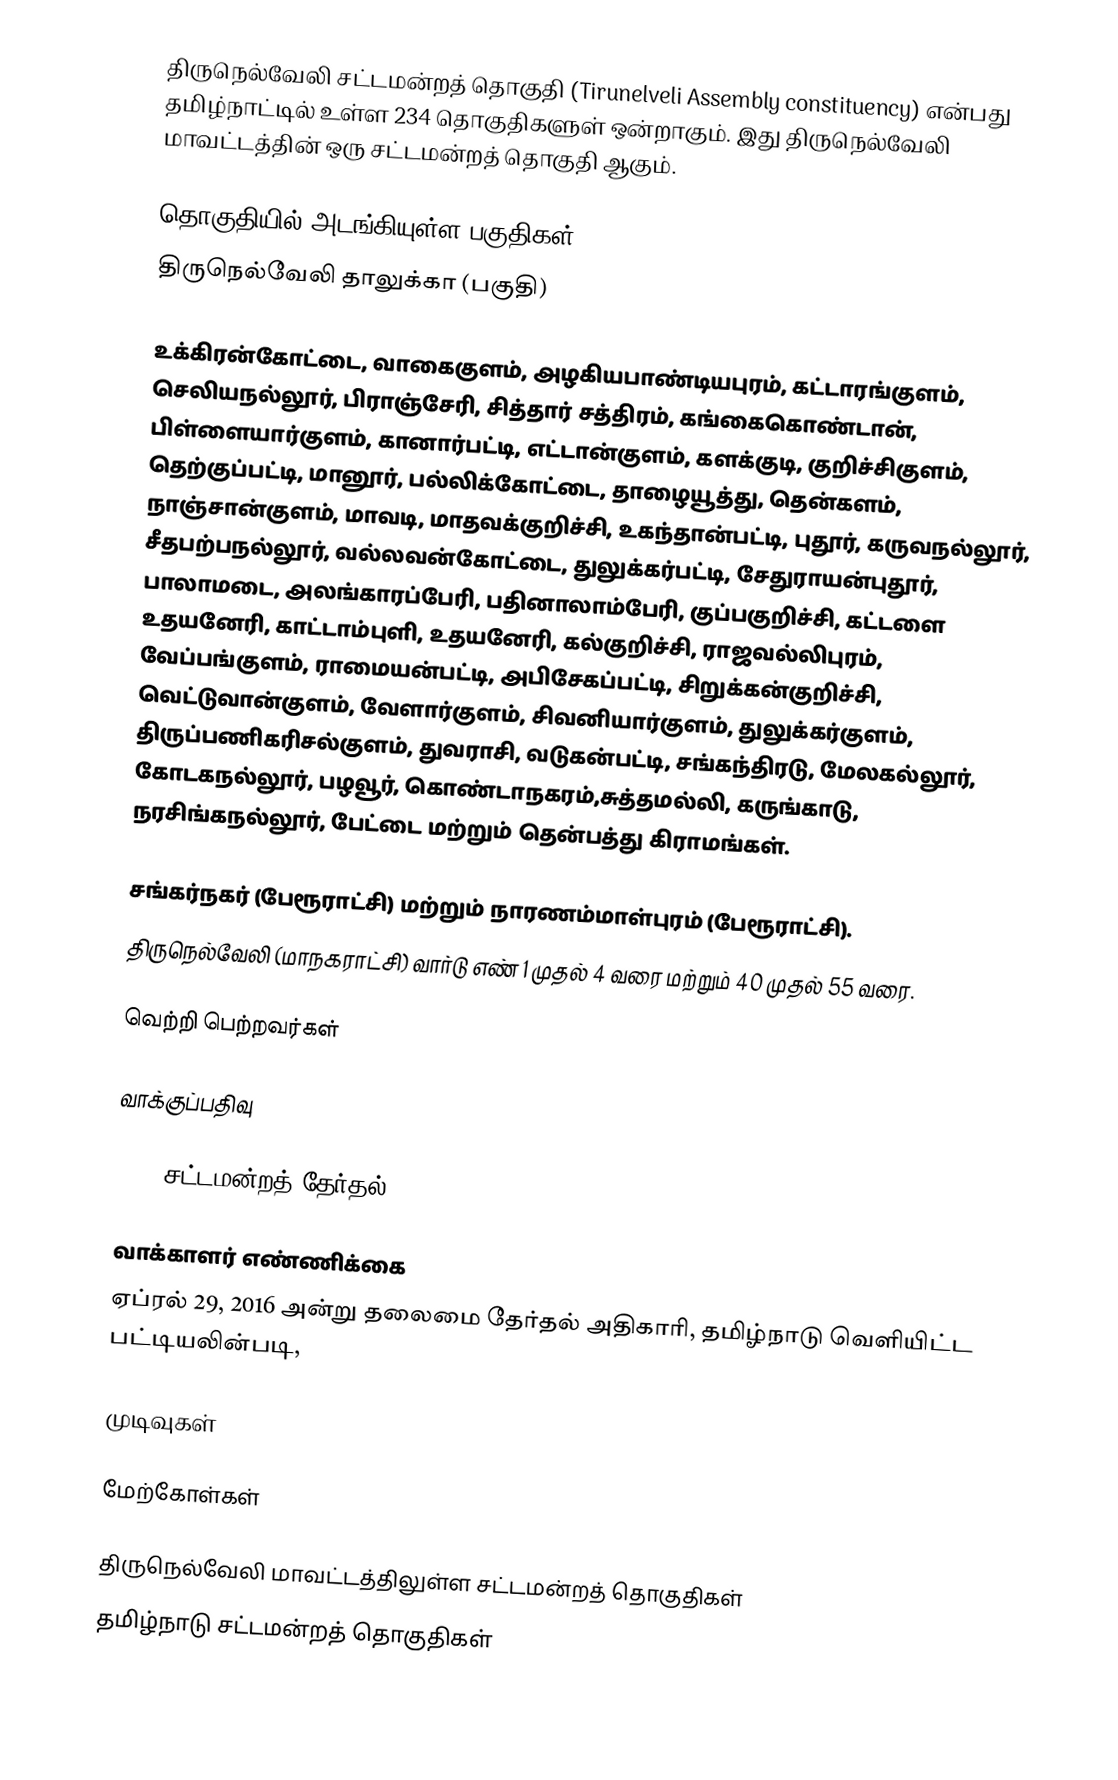
திருநெல்வேலி சட்டமன்றத் தொகுதி (Tirunelveli Assembly constituency) என்பது தமிழ்நாட்டில் உள்ள 234 தொகுதிகளுள் ஒன்றாகும். இது திருநெல்வேலி மாவட்டத்தின் ஒரு சட்டமன்றத் தொகுதி ஆகும்.

தொகுதியில் அடங்கியுள்ள பகுதிகள்
திருநெல்வேலி தாலுக்கா (பகுதி)

உக்கிரன்கோட்டை, வாகைகுளம், அழகியபாண்டியபுரம், கட்டாரங்குளம், செலியநல்லூர், பிராஞ்சேரி, சித்தார் சத்திரம், கங்கைகொண்டான், பிள்ளையார்குளம், கானார்பட்டி, எட்டான்குளம், களக்குடி, குறிச்சிகுளம், தெற்குப்பட்டி, மானூர், பல்லிக்கோட்டை, தாழையூத்து, தென்களம், நாஞ்சான்குளம், மாவடி, மாதவக்குறிச்சி, உகந்தான்பட்டி, புதூர், கருவநல்லூர், சீதபற்பநல்லூர், வல்லவன்கோட்டை, துலுக்கர்பட்டி, சேதுராயன்புதூர், பாலாமடை, அலங்காரப்பேரி, பதினாலாம்பேரி, குப்பகுறிச்சி, கட்டளை உதயனேரி, காட்டாம்புளி, உதயனேரி, கல்குறிச்சி, ராஜவல்லிபுரம், வேப்பங்குளம், ராமையன்பட்டி, அபிசேகப்பட்டி, சிறுக்கன்குறிச்சி, வெட்டுவான்குளம், வேளார்குளம், சிவனியார்குளம், துலுக்கர்குளம், திருப்பணிகரிசல்குளம், துவராசி, வடுகன்பட்டி, சங்கந்திரடு, மேலகல்லூர், கோடகநல்லூர், பழவூர், கொண்டாநகரம்,சுத்தமல்லி, கருங்காடு, நரசிங்கநல்லூர், பேட்டை மற்றும் தென்பத்து கிராமங்கள்.

சங்கர்நகர் (பேரூராட்சி) மற்றும் நாரணம்மாள்புரம் (பேரூராட்சி).
திருநெல்வேலி (மாநகராட்சி) வார்டு எண் 1 முதல் 4 வரை மற்றும் 40 முதல் 55 வரை.

வெற்றி பெற்றவர்கள்

வாக்குப்பதிவு

2016 சட்டமன்றத் தேர்தல்

வாக்காளர் எண்ணிக்கை
ஏப்ரல் 29, 2016 அன்று தலைமை தேர்தல் அதிகாரி, தமிழ்நாடு வெளியிட்ட பட்டியலின்படி,

முடிவுகள்

மேற்கோள்கள்

திருநெல்வேலி மாவட்டத்திலுள்ள சட்டமன்றத் தொகுதிகள்
தமிழ்நாடு சட்டமன்றத் தொகுதிகள்